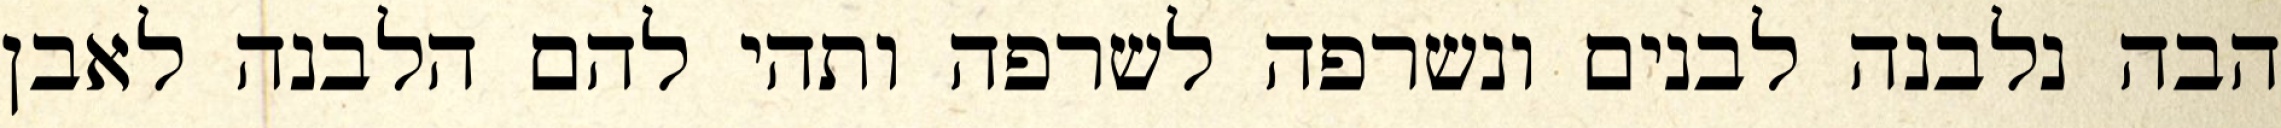
הבה נלבנה לבנים ונשרפה לשרפה ותהי להם הלבנה לאבן